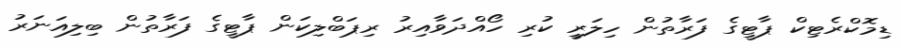
ޑިމޮކްރެޓިކް ޕާޓީގެ ފަރާތުން ހިލަރީ ކުރި ހޯއްދަވާއިރު ރިޕަބްލިކަން ޕާޓީގެ ފަރާތުން ބިލިއަނަރު